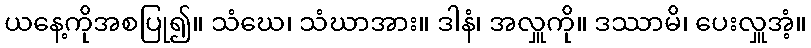
ယနေ့ကိုအစပြု၍။ သံဃေ၊ သံဃာအား။ ဒါနံ၊ အလှူကို။ ဒဿာမိ၊ ပေးလှူအံ့။